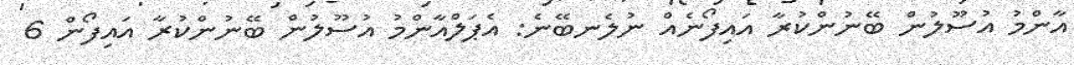
އާންމު އުސޫލުން ބޭނުންކުރާ އައިފޯނެއް ނުލެނބޭނެ: އެޕަލްއާންމު އުސޫލުން ބޭނުންކުރާ އައިފޯން 6